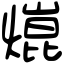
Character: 熴